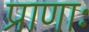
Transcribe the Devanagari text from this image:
प्राणाः